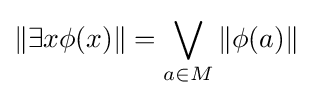
\|\exists x\phi (x)\|=\bigvee _{a\in M}\|\phi (a)\|